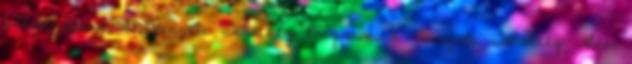
pályázataik A Nemzeti Tehetség Program, a Nemzeti Tehetség Alap